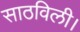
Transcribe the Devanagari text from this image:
साठविली।